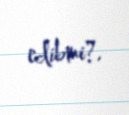
edibmi?.